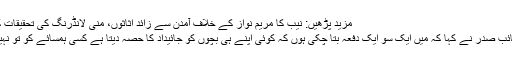
مزید پڑھیں: نیب کا مریم نواز کے خلاف آمدن سے زائد اثاثوں، منی لانڈرنگ کی تحقیقات کا آغاز
لیگی نائب صدر نے کہا کہ میں ایک سو ایک دفعہ بتا چکی ہوں کہ کوئی اپنے ہی بچوں کو جائیداد کا حصہ دیتا ہے کسی ہمسائے کو تو نہیں دیتا؟